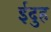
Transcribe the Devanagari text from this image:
ईदुह